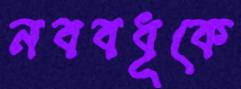
নববধূকে